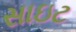
સાઇટ